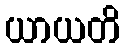
ယာယတိ